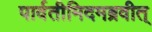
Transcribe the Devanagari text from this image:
पार्वतीमिदमब्रवीत्